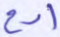
ادع